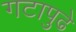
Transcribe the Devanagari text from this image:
गटापुढे